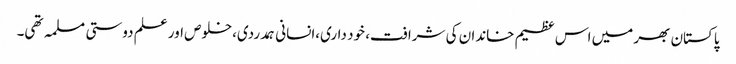
پاکستان بھر میں اس عظیم خاندان کی شرافت، خود داری،انسانی ہمدردی،خلوص اور علم دوستی مسلمہ تھی۔